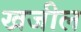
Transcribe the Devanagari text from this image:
खजील